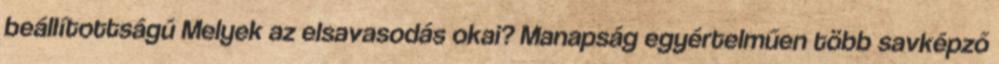
beállítottságú Melyek az elsavasodás okai? Manapság egyértelműen több savképző